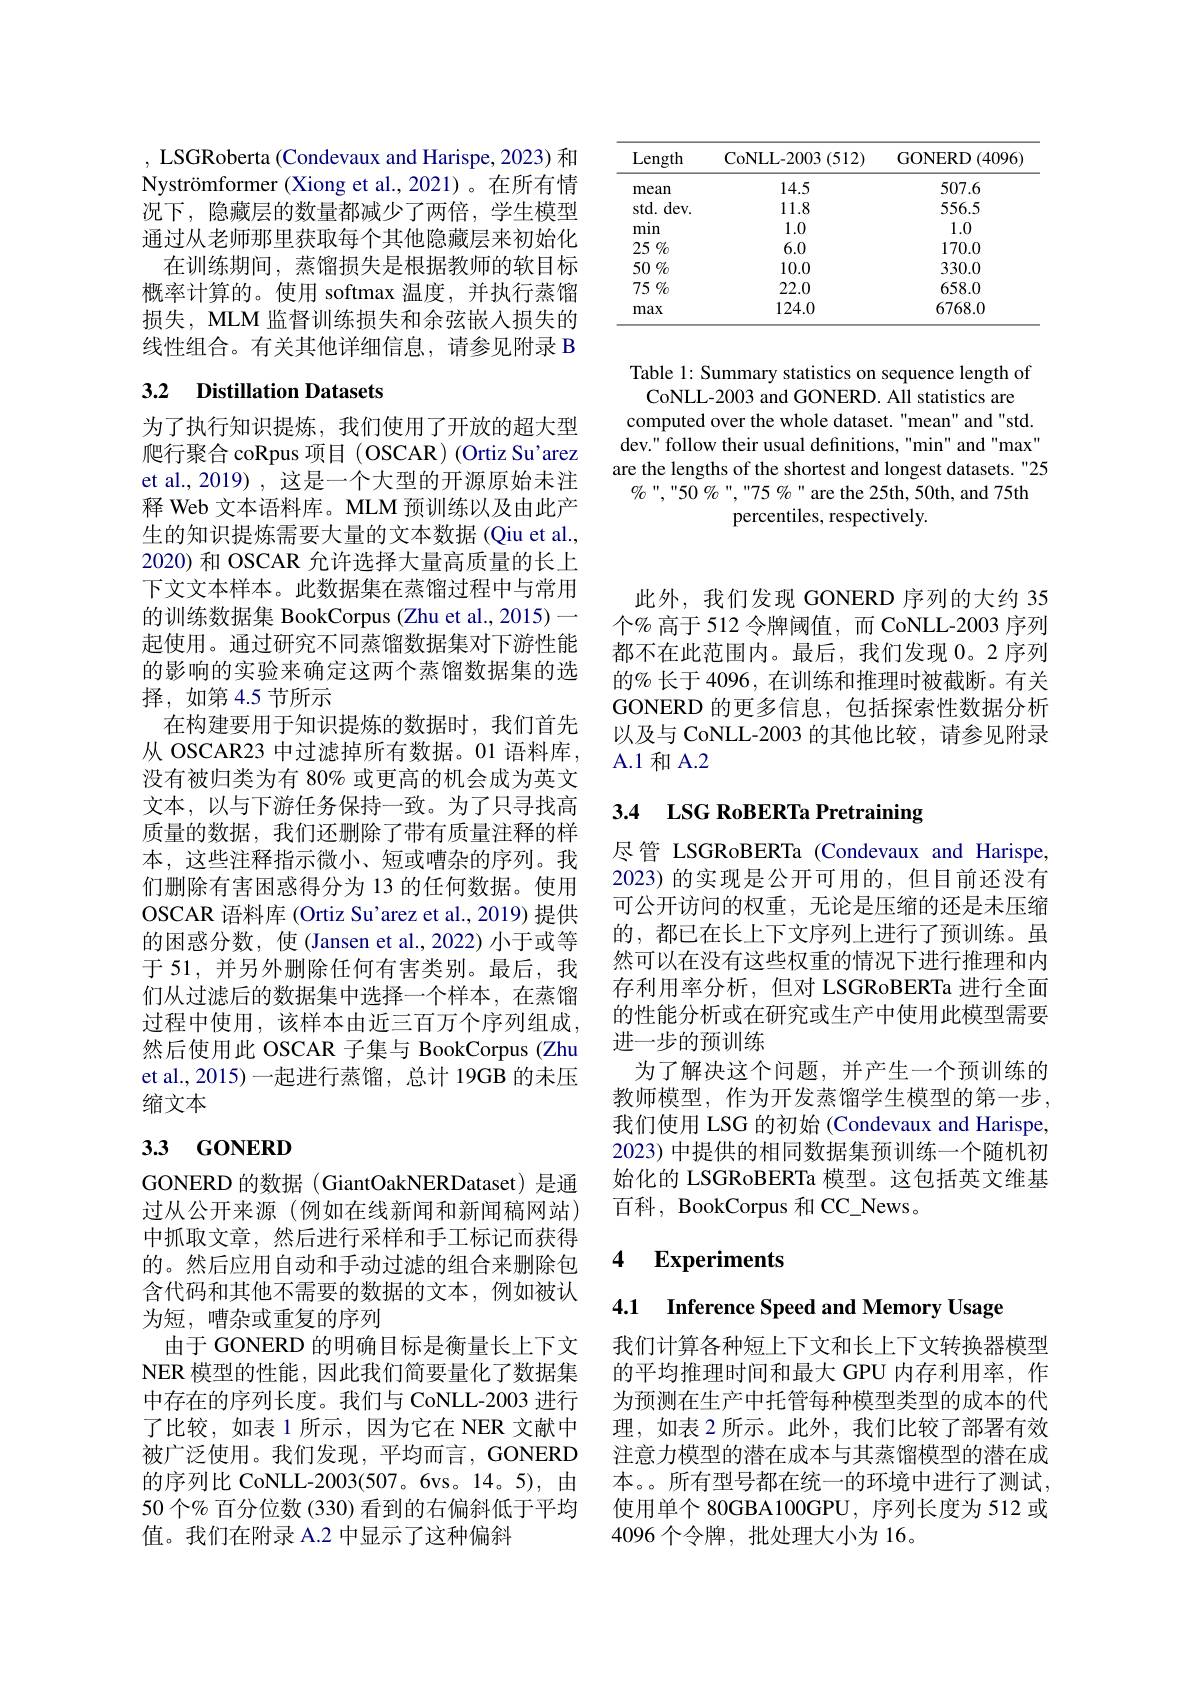
<table>
	<tbody>
		<tr>
			<th>Length</th>
			<th>CoNLL- 2003 ( 512) </th>
			<th>$\operatorname{GONERD}\left(4096\right)$</th>
		</tr>
		<tr>
			<td>mean</td>
			<td>14.5</td>
			<td>507.6</td>
		</tr>
		<tr>
			<td>std. dev.</td>
			<td>11.8</td>
			<td>556.5</td>
		</tr>
		<tr>
			<td>min</td>
			<td>1.0</td>
			<td>1.0</td>
		</tr>
		<tr>
			<td>25 $\%$</td>
			<td>6.0</td>
			<td>170.0</td>
		</tr>
		<tr>
			<td>$50\%$</td>
			<td>10.0</td>
			<td>330.0</td>
		</tr>
		<tr>
			<td>$75\%$</td>
			<td>22.0</td>
			<td>658.0</td>
		</tr>
		<tr>
			<td>max</td>
			<td>124.0</td>
			<td>6768.0</td>
		</tr>
	</tbody>
</table>

Table 1: Summary statistics on sequence length of CoNLL-2003 and GONERD. All statistics are computed over the whole dataset."mean" and"std dev." follow their usual definitions, "min" and "max" are the lengths of the shortest and longest datasets. "25 $\%\%\%\%\%\%\%\%\%$ ,“75 %” are the 25th, 50th, and 75th
percentiles, respectively.

, LSGRoberta (Condevaux and Harispe, 2023) 和Nyströmformer (Xiong et al.,2021)。在所有情况下，隐藏层的数量都减少了两倍，学生模型通过从老师那里获取每个其他隐藏层来初始化
在训练期间，蒸馏损失是根据教师的软目标概率计算的。使用 softmax 温度，并执行蒸馏损失，MLM 监督训练损失和余弦嵌入损失的线性组合。有关其他详细信息，请参见附录 B

# 3.2 Distillation Datasets

为了执行知识提炼，我们使用了开放的超大型爬行聚合 coRpus 项目 ( OSCAR) (Ortiz Su'arez et al., 2019) , 这是一个大型的开源原始未注释 Web 文本语料库。MLM 预训练以及由此产生的知识提炼需要大量的文本数据(Qiu et al., 2020)和 OSCAR 允许选择大量高质量的长上下文文本样本。此数据集在蒸馏过程中与常用的训练数据集 BookCorpus (Zhu et al., 2015)一起使用。通过研究不同蒸馏数据集对下游性能的影响的实验来确定这两个蒸馏数据集的选择，如第 4.5 节所示
在构建要用于知识提炼的数据时，我们首先从 OSCAR23 中过滤掉所有数据。01 语料库， 没有被归类为有 80% 或更高的机会成为英文文本，以与下游任务保持一致。为了只寻找高质量的数据，我们还删除了带有质量注释的样本，这些注释指示微小、短或嘈杂的序列。我们删除有害困惑得分为 13 的任何数据。使用OSCAR 语料库 (Ortiz Su'arez et al., 2019) 提供的困惑分数，使(Jansen et al.,2022) 小于或等于 51, 并另外删除任何有害类别。最后，我们从过滤后的数据集中选择一个样本，在蒸馏过程中使用，该样本由近三百万个序列组成， 然后使用此 OSCAR 子集与 BookCorpus (Zhu et al., 2015)一起进行蒸馏，总计 19GB 的未压缩文本

# 33 GONERD

GONERD 的数据 (GiantOakNERDataset) 是通过从公开来源(例如在线新闻和新闻稿网站) 中抓取文章，然后进行采样和手工标记而获得的。然后应用自动和手动过滤的组合来删除包含代码和其他不需要的数据的文本，例如被认为短，嘈杂或重复的序列
由于 GONERD 的明确目标是衡量长上下文NER 模型的性能，因此我们简要量化了数据集中存在的序列长度。我们与 CoNLL-2003 进行了比较，如表 1 所示，因为它在 NER 文献中被广泛使用。我们发现，平均而言，GONERD 的序列比 CoNLL-2003(507。6vs。14。5), 由50 个% 百分位数 (330) 看到的右偏斜低于平均值。我们在附录 A.2 中显示了这种偏斜

此外，我们发现 GONERD 序列的大约 35个% 高于 512 令牌阈值，而 CoNLL-2003 序列都不在此范围内。最后，我们发现 0。2 序列的% 长于 4096, 在训练和推理时被截断。有关GONERD 的更多信息，包括探索性数据分析以及与 CoNLL-2003 的其他比较，请参见附录A.1 和 A.2

# 3.4 LSG RoBERTa Pretraining

尽管 LSGRoBERTa (Condevaux and Harispe, 2023) 的实现是公开可用的，但目前还没有可公开访问的权重，无论是压缩的还是未压缩的，都已在长上下文序列上进行了预训练。虽然可以在没有这些权重的情况下进行推理和内存利用率分析，但对 LSGRoBERTa 进行全面的性能分析或在研究或生产中使用此模型需要进一步的预训练
为了解决这个问题，并产生一个预训练的教师模型，作为开发蒸馏学生模型的第一步， 我们使用 LSG 的初始 (Condevaux and Harispe, 2023) 中提供的相同数据集预训练一个随机初始化的 LSGRoBERTa 模型。这包括英文维基百科 , BookCorpus 和 CC\_News。

### 4 $\textbf{Experiments}$

4.1 Inference Speed and Memory Usage

我们计算各种短上下文和长上下文转换器模型的平均推理时间和最大 GPU 内存利用率，作为预测在生产中托管每种模型类型的成本的代理，如表 2 所示。此外，我们比较了部署有效注意力模型的潜在成本与其蒸馏模型的潜在成本。。所有型号都在统一的环境中进行了测试， 使用单个 80GBA100GPU, 序列长度为 512 或4096 个令牌 ,批处理大小为 16。